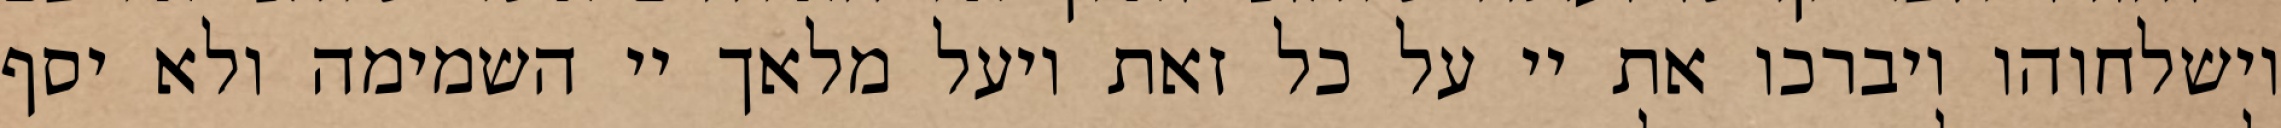
וישלחוהו ויברכו את יי על כל זאת ויעל מלאך יי השמימה ולא יסף